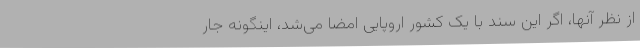
از نظر آنها، اگر این سند با یک کشور اروپایی امضا می‌شد، اینگونه جار